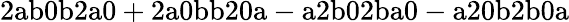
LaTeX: \mathrm{2ab0b2a0+2a0bb20a-a2b02ba0-a20b2b0a}